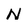
Character: N